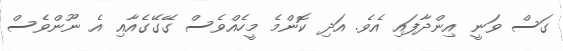
ގަސް ވަނީ އިންދާފައި އެވެ. އަދި ކޮންމެ މީހެއްވެސް ގޭގޭގެއާއި އެ ނޫންވެސް